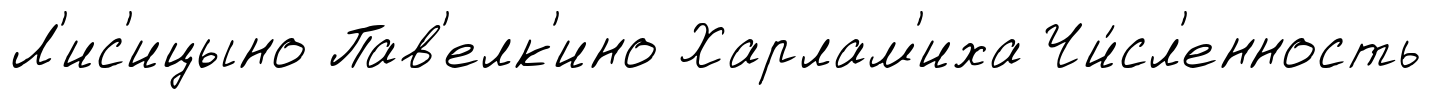
Л'ис'ицыно Пав'елк'ино Харлам'иха Чи́сл'енность